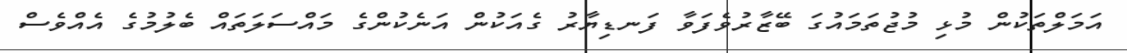
އަމަލްތަކުން މުޅި މުޖުތަމައުގަ ބޭޒާރުވެފަވާ ފަނޑިޔާރު ގެއަކުން އަނެކުންގެ މައްސަލަތައް ބެލުމުގެ އެއްވެސް